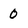
Character: 0